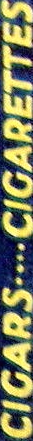
CIGARS....CIGARETTES